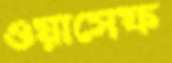
ওয়াসেফ